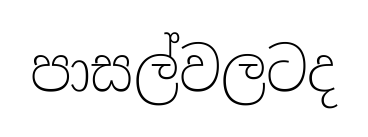
පාසල්වලටද